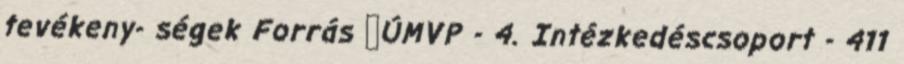
tevékeny- ségek Forrás ▪ÚMVP - 4. Intézkedéscsoport - 411